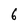
Character: 6